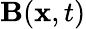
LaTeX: \mathbf{B}(\mathbf{x},t)